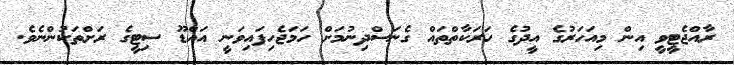
ރާއްޖެޓީވީ އިން މިއަހަރުގެ އީދުގެ ހަރަކާތްތައް ގެނަސްދިނުމަށް ހަމަޖެހިފައިވަނީ އައްޑޫ ސިޓީގެ ރަށްތަކުންނެވެ.